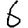
Digit: 6